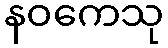
နဝကေသု